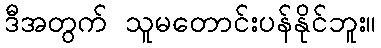
ဒီအတွက် သူမတောင်းပန်နိုင်ဘူး။